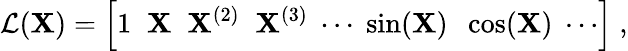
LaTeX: {\cal L}({\mathbf X})=\left[1\; \; {\mathbf X}\; \; {\mathbf X}^{(2)}\; \; {\mathbf X}^{(3)}\; \cdots\; \sin({\mathbf X})\; \; \cos({\mathbf X})\; \cdots\right]\; ,